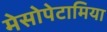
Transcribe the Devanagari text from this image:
मेसोपेटामिया